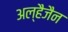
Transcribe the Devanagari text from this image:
अल्हैजैन